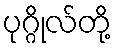
ပုဂ္ဂိုလ်တို့